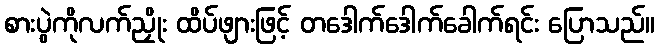
စားပွဲကိုလက်ညှိုး ထိပ်ဖျားဖြင့် တဒေါက်ဒေါက်ခေါက်ရင်း ပြောသည်။